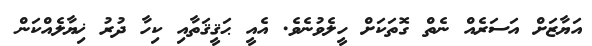
އަޔާޒަށް އަސަރެއް ނެތް ގޮތަކަށް ހީލެވުނެވެ. އެއީ ޙަޤީޤަތާއި ކިހާ ދުރު ޚިޔާލެއްކަން